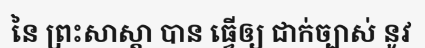
នៃ ព្រះសាស្តា បាន ធ្វើឲ្យ ជាក់ច្បាស់ នូវ